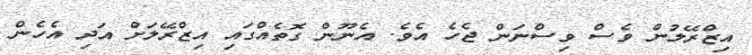
އިޒްރޭލުން ވެސް ވިސްނަން ޖެހެ އެވެ. އެނޫން ގޮތެއްގައި އިޒްރޭލަށް އަދި އެހެން